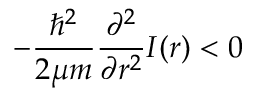
- \frac { \hbar ^ { 2 } } { 2 \mu m } \frac { \partial ^ { 2 } } { \partial r ^ { 2 } } I ( r ) < 0